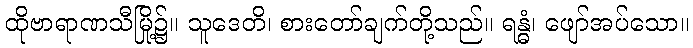
ထိုဗာရာဏသီမြို့၌။ သူဒေတိ၊ စားတော်ချက်တို့သည်။ ရန္ဓံ၊ ဖျော်အပ်သော။